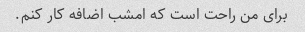
برای من راحت است که امشب اضافه کار کنم.